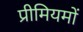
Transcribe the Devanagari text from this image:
प्रीमियमों